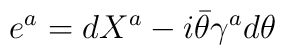
{ e^a=dX^a-i\bar\theta\gamma^ad\theta}